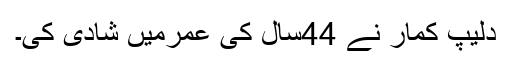
دلیپ کمار نے 44سال کی عمرمیں شادی کی۔